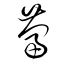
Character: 蔔